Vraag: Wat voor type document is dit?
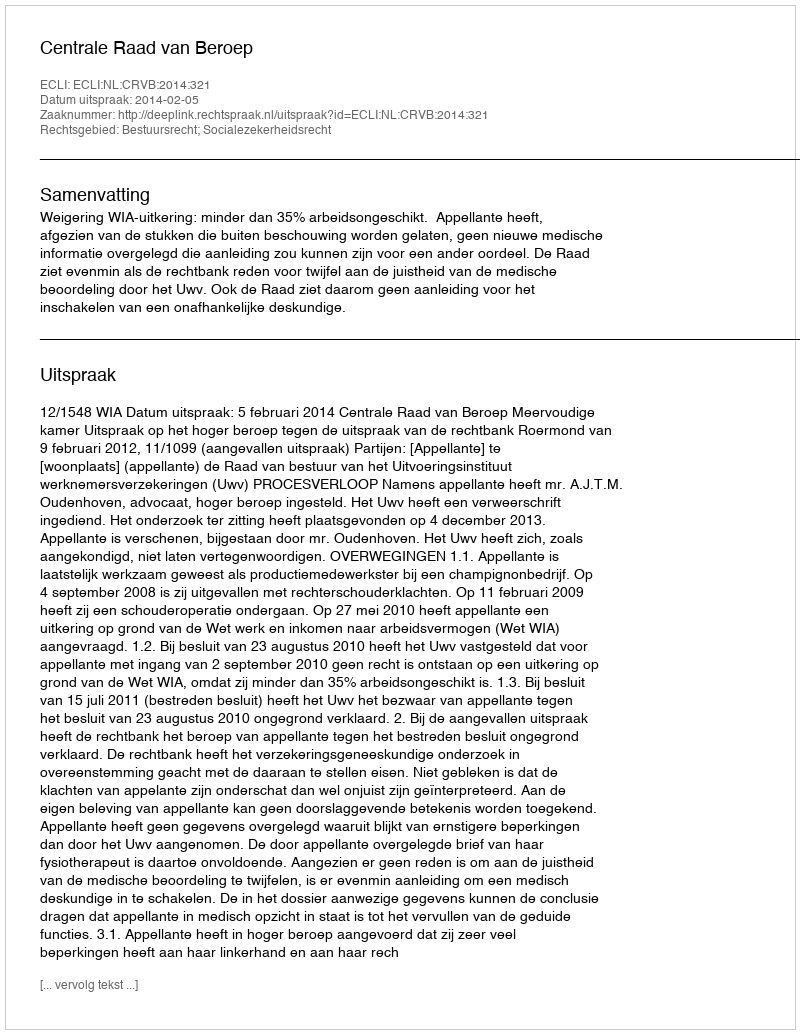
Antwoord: Uitspraak